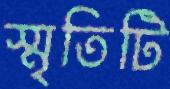
স্মৃতিটি